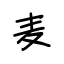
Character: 麦